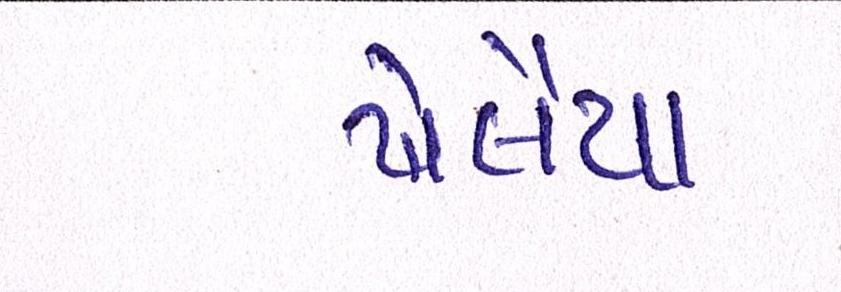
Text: ખેલૈયા